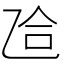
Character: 𫡥